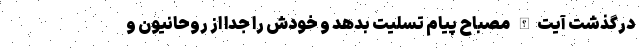
درگذشت آیت‌الله مصباح پیام تسلیت بدهد و خودش را جدا از روحانیون و